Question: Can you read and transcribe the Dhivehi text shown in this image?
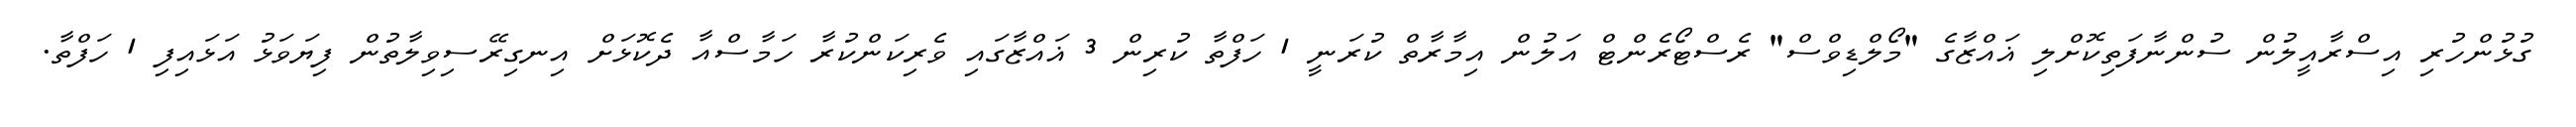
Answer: ގުޅުންހުރި އިސްރާއީލުން ސުންނާފަތިކޮށްލި ޣައްޒާގެ "މޯލްޑިވްސް" ރެސްޓޯރެންޓް އަލުން އިމާރާތް ކުރަނީ 1 ހަފްތާ ކުރިން 3 ޣައްޒާގައި ވެރިކަންކުރާ ހަމާސްއާ ދެކޮޅަށް އިނގިރޭސިވިލާތުން ފިޔަވަޅު އަޅައިފި 1 ހަފްތާ.